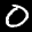
Label: 0